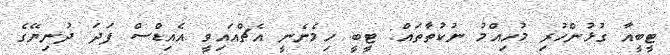
ޓީބީއާ ގުޅުންހުރި މުހިއްމު ނުކުތާތައް: ޓީބީ ހިމެނެނީ އެޗްއައިވީ އެއިޑްސް ފަދަ ދުނިޔޭގެ